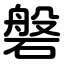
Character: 磐